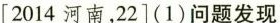
[2014河南，22](1)问题发现